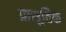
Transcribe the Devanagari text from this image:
प्रासूतिक